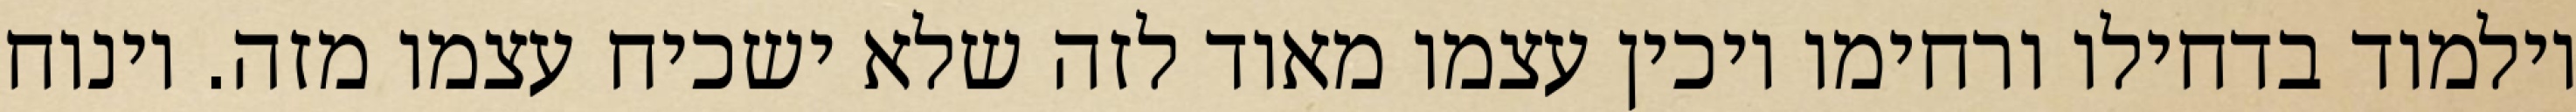
וילמוד בדחילו ורחימו ויכין עצמו מאוד לזה שלא ישכיח עצמו מזה. וינוח